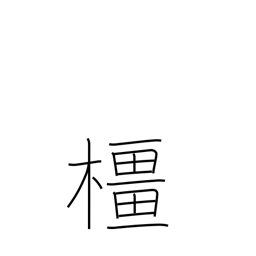
Meaning: oak